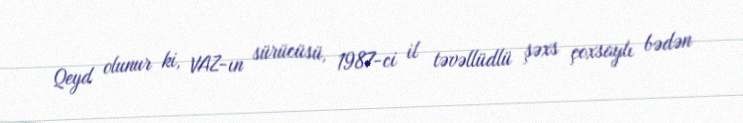
Qeyd olunur ki, VAZ-ın sürücüsü, 1987-ci il təvəllüdlü şəxs çoxsaylı bədən